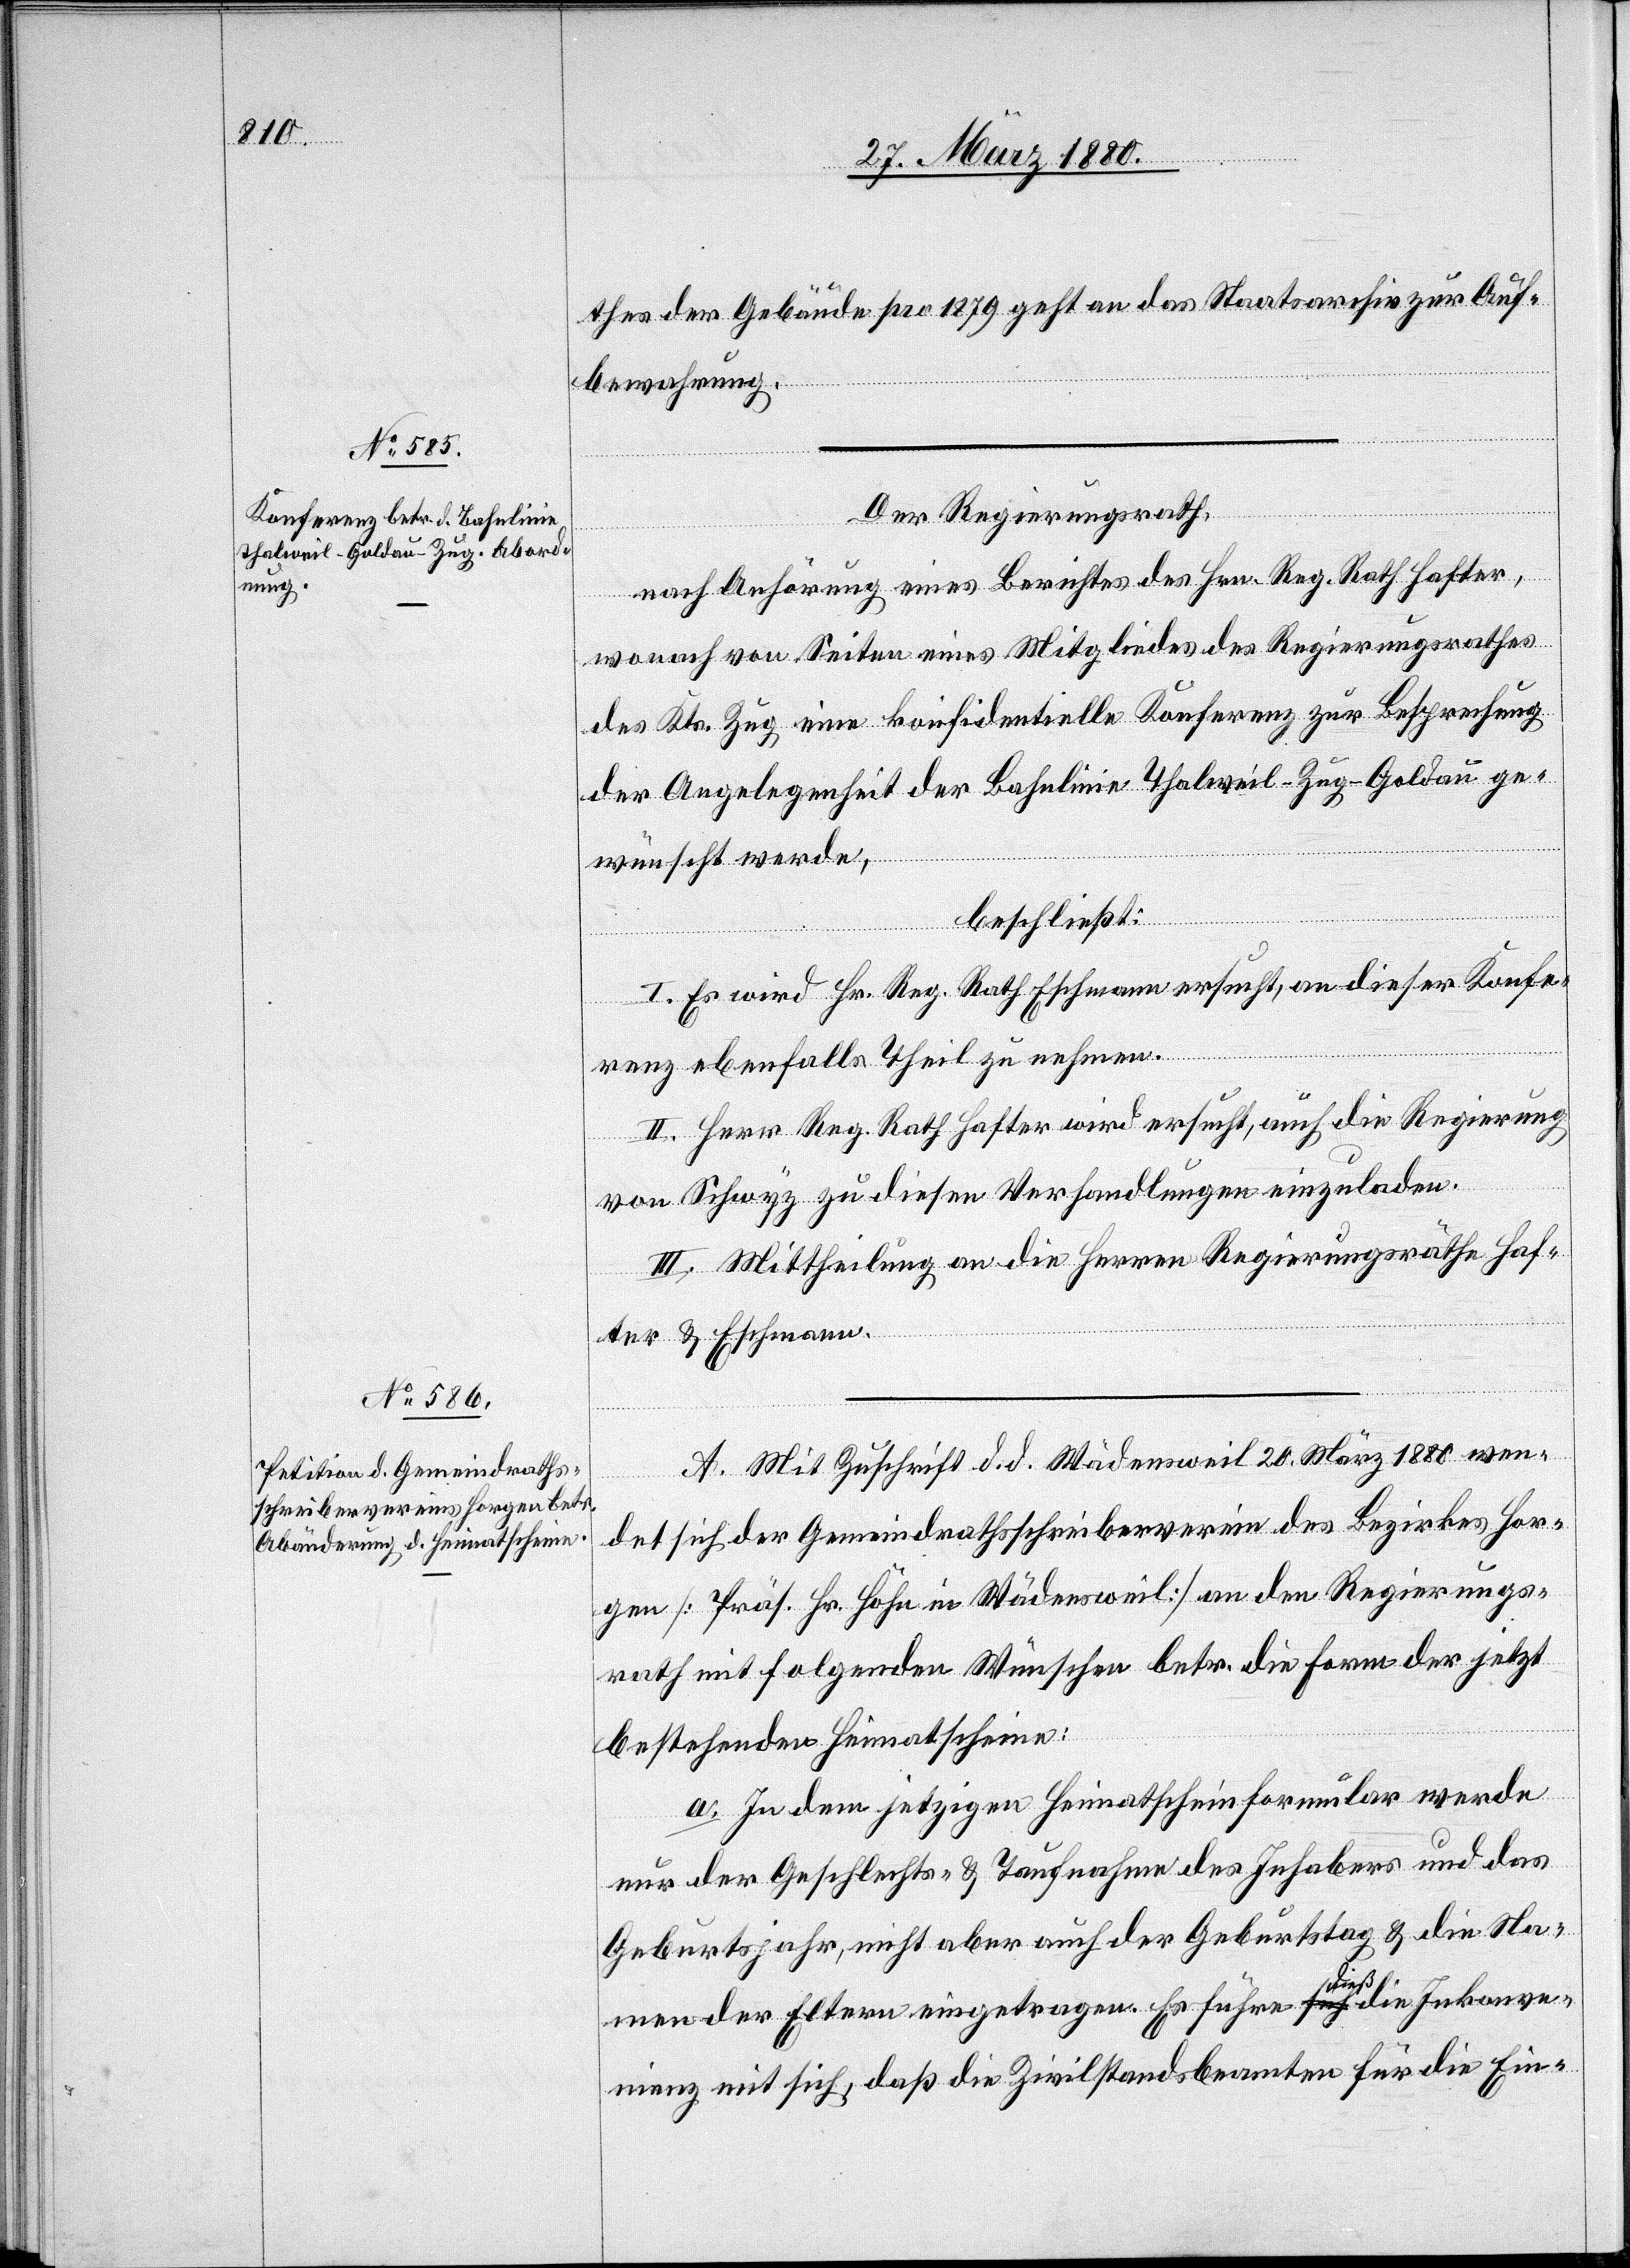
thes der Gebäude pro 1879 geht an das Staatsarchiv zur Auf¬
bewahrung.
Der Regierungsrath,
nach Anhörung eines Berichtes des Hrn. Reg. Rath Hafter,
wonach von Seiten eines Mitgliedes des Regierungsrathes
des Kts. Zug eine konfidentielle Konferenz zur Besprechung
der Angelegenheit der Bahnlinie Thalweil–Zug–Goldau [s¬
wünscht werde,
beschließt:
I. Es wird Hr. Reg. Rath Eschmann ersucht, an dieser Konfe¬
renz ebenfalls Theil zu nehmen.
II. Herr Reg. Rath Hafter wird ersucht, die Regierung
von Schwyz zu diesen Verhandlungen einzuladen.
III. Mittheilung an die Herren Regierungsräthe Haf¬
ic!]
ter & Eschmann.
A. Mit Zuschrift d. d. Wädensweil 20. März 1880 wen¬
det sich der Gemeindrathsschreiberverein des Bezirks Hor¬
gen [Präs. Hr. Höhn in Wädensweil] an den Regierungs¬
rath mit folgenden Wünschen betr. die Form der jetzt
bestehenden Heimatscheine:
a. In dem jetzigen Heimatscheinformular werde
nur der Geschlechts- & Taufnahme des Inhabers und das
Geburtsjahr, nicht aber auch der Geburtstag & die Na¬
ge¬
men der Eltern eingetragen. Es führe dieß die Inkonve¬
nienz mit sich, daß die Zivilstandsbeamten für die Ein-